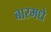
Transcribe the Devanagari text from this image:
बारमधे